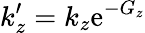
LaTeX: k_{z}^{\prime}=k_{z}\mathrm{e}^{-G_{z}}